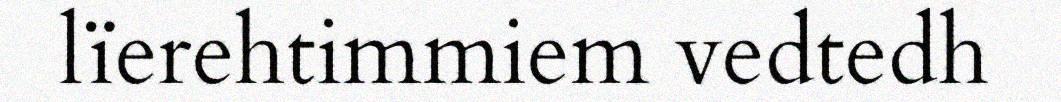
lïerehtimmiem vedtedh